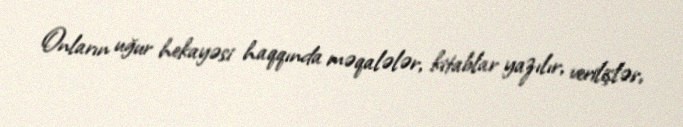
Onların uğur hekayəsi haqqında məqalələr, kitablar yazılır, verilişlər,